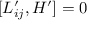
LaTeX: [ L _ { i j } ^ { \prime } , H ^ { \prime } ] = 0 \,